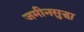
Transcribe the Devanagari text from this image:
जमीनसुद्धा